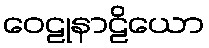
ဝေဠုနာဠိယော